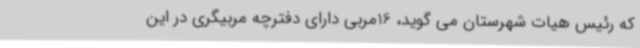
که رئیس هیات شهرستان می گوید، 16مربی دارای دفترچه مربیگری در این